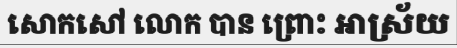
សោកសៅ លោក បាន ព្រោះ អាស្រ័យ